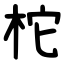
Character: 柁